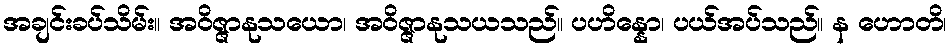
အချင်းခပ်သိမ်း။ အဝိဇ္ဇာနုသယော၊ အဝိဇ္ဇာနုသယသည်။ ပဟိန္နော၊ ပယ်အပ်သည်။ န ဟောတိ၊